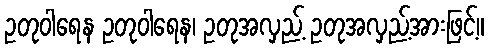
ဥတုဝါရေန ဥတုဝါရေန၊ ဥတုအလှည့် ဥတုအလှည့်အားဖြင့်။